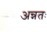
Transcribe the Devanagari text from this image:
अन्नतः